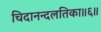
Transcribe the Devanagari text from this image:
चिदानन्दलतिका॥६॥